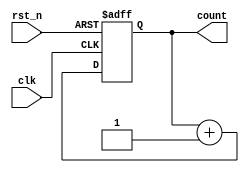
module counter (
    input wire clk,       // Clock signal
    input wire rst_n,     // Active-low asynchronous reset
    output reg [1:0] count // 2-bit counter output
);

    // Always block sensitive to the negative edge of the clock
    always @(negedge clk or negedge rst_n) begin
        if (!rst_n) begin
            // Asynchronous reset
            count <= 2'b00; // Reset count to 0
        end else begin
            // Increment the counter on negative edge
            count <= count + 1'b1; // Non-blocking assignment
        end
    end

endmodule